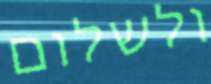
ולשלום